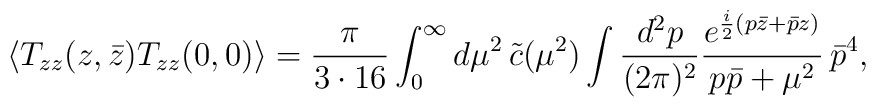
\langle T_{zz}(z,\bar{z})T_{zz}(0,0)\rangle = \frac{\pi}{3\cdot 16}\int_0^\infty  d\mu^2 \, \tilde{c}(\mu^2)\int \frac{d^2 p}{(2\pi)^2} \frac{e^{\frac{i}{2}(p\bar{z}+\bar{p}z)}}{p\bar{p}+\mu^2} \, \bar{p}^4,